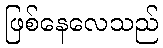
ဖြစ်နေလေသည်